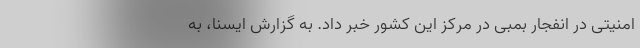
امنیتی در انفجار بمبی در مرکز این کشور خبر داد. به گزارش ایسنا، به